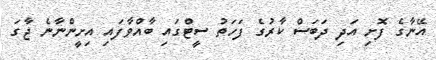
އޭނާގެ ފޮށި އަދި ދަބަސް ކާރުގެ ފަހަތު ސީޓްގައި ބާއްވާފައި އިށީންނާނެ ޖާގަ